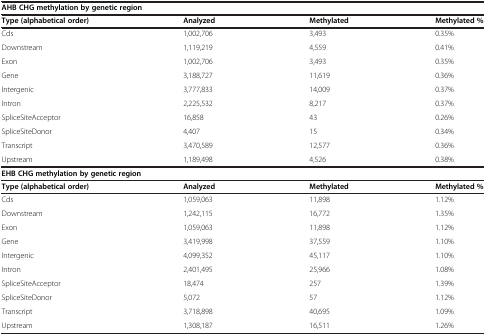
| <COLSPAN=2> AHB CHG methylation by genetic region |  |  |
 | Type (alphabetical order) | Analyzed | Methylated | Methylated % |
 | --- | --- | --- | --- |
 | Cds | 1,002,706 | 3,493 | 0.35% |
 | Downstream | 1,119,219 | 4,559 | 0.41% |
 | Exon | 1,002,706 | 3,493 | 0.35% |
 | Gene | 3,188,727 | 11,619 | 0.36% |
 | Intergenic | 3,777,833 | 14,009 | 0.37% |
 | Intron | 2,225,532 | 8,217 | 0.37% |
 | SpliceSiteAcceptor | 16,858 | 43 | 0.26% |
 | SpliceSiteDonor | 4,407 | 15 | 0.34% |
 | Transcript | 3,470,589 | 12,577 | 0.36% |
 | Upstream | 1,189,498 | 4,526 | 0.38% |
 | <COLSPAN=2> EHB CHG methylation by genetic region |  |  |
 | Type (alphabetical order) | Analyzed | Methylated | Methylated % |
 | Cds | 1,059,063 | 11,898 | 1.12% |
 | Downstream | 1,242,115 | 16,772 | 1.35% |
 | Exon | 1,059,063 | 11,898 | 1.12% |
 | Gene | 3,419,998 | 37,559 | 1.10% |
 | Intergenic | 4,099,352 | 45,117 | 1.10% |
 | Intron | 2,401,495 | 25,966 | 1.08% |
 | SpliceSiteAcceptor | 18,474 | 257 | 1.39% |
 | SpliceSiteDonor | 5,072 | 57 | 1.12% |
 | Transcript | 3,718,898 | 40,695 | 1.09% |
 | Upstream | 1,308,187 | 16,511 | 1.26% |